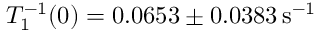
T _ { 1 } ^ { - 1 } ( 0 ) = 0 . 0 6 5 3 \pm 0 . 0 3 8 3 \mathrm { \, s } ^ { - 1 }